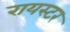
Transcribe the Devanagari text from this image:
रायस्टर